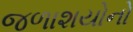
જળાશયોનો